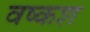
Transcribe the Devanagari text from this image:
वष्कश